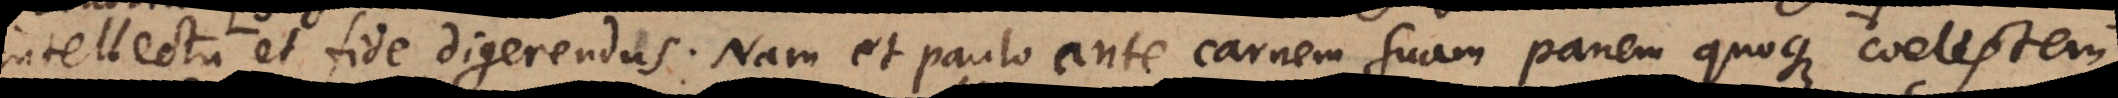
intellectu et fide digerendus. Nam et paulo ante carnem suam panem quoque coelestem